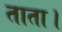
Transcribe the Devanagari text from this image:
ताता।